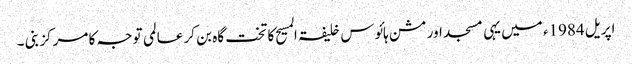
اپریل 1984ء میں یہی مسجد اور مشن ہائوس خلیفۃ المسیح کا تخت گاہ بن کر عالمی توجہ کا مرکز بنی ۔